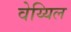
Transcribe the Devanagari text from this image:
वेय्यिल